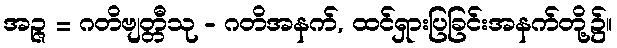
အဉ္ဇ = ဂတိဗျတ္တီသု - ဂတိအနက်, ထင်ရှားပြခြင်းအနက်တို့၌။